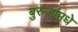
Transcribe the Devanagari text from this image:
बुरुजांमधे